Report on horse surra - Volume II, Part I
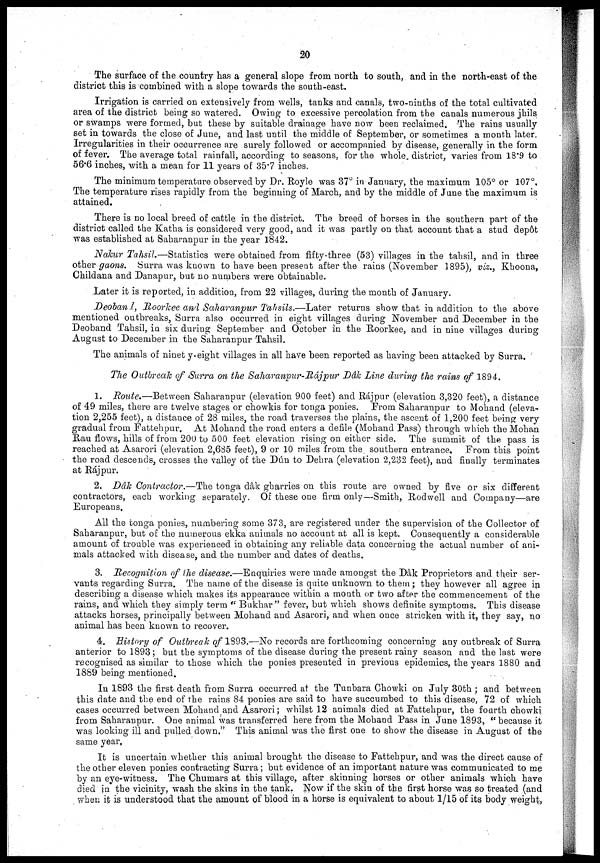
20
The surface of the country has a general slope from north to south, and in the north-east of the
district this is combined with a slope towards the south-east.
Irrigation is carried on extensively from wells, tanks and canals, two-ninths of the total cultivated
area of the district being so watered. Owing to excessive percolation from the canals numerous jhils
or swamps were formed, but these by suitable drainage have now been reclaimed. The rains usually
set in towards the close of June, and last until the middle of September, or sometimes a month later.
Irregularities in their occurrence are surely followed or accompanied by disease, generally in the form
of fever. The average total rainfall, according to seasons, for the whole district, varies from 18.9 to
56.6 inches, with a mean for 11 years of 35.7 inches.
The minimum temperature observed by Dr. Royle was 37° in January, the maximum 105° or 107°.
The temperature rises rapidly from the beginning of March, and by the middle of June the maximum is
attained.
There is no local breed of cattle in the district. The breed of horses in the southern part of the
district called the Katha is considered very good, and it was partly on that account that a stud depôt
was established at Saharanpur in the year 1842.
Nakur Tahsil.—Statistics
were obtained from fifty-three (53) villages in the tahsil, and in three
other gaons. Surra was known to have been present after the rains (November 1895), viz., Khoona,
Childana and Danapur, but no numbers were obtainable.
Later it is reported, in addition, from 22 villages, during the month of January.
Deobanl, Roorkee and Saharanpur Tahsils.—Later
returns show that in addition to the above
mentioned outbreaks, Surra also occurred in eight villages during November and December in the
Deoband Tahsil, in six during September and October in the Roorkee, and in nine villages during
August to December in the Saharanpur Tahsil.
The animals of ninety-eight villages in all have been reported as having been attacked by Surra.
The Outbreak of Surra on the Saharanpur- Rájpur Dâk Line during the rains of 1894.
1. Route.—Between Saharanpur (elevation 900 feet) and Rájpur (elevation 3,320 feet), a distance
of 49 miles, there are twelve stages or chowkis for tonga ponies. From Saharanpur to Mohand (eleva-
tion 2,255 feet), a distance of 28 miles, the road traverses the plains, the ascent of 1,200 feet being very
gradual from Fattehpur. At Mohand the road enters a defile (Mohand Pass) through which the Mohan
Rau flows, hills of from 200 to 500 feet elevation rising on either side. The summit of the pass is
reached at Asarori (elevation 2,685 feet), 9 or 10 miles from the southern entrance. From this point
the road descends, crosses the valley of the Dún to Dehra (elevation 2,232 feet), and finally terminates
at Rájpur.
2. Dâk Contractor.—The tonga dâk gharries on this route are owned by five or six different
contractors, each working separately. Of these one firm only—Smith, Rodwell and Company—are
Europeans.
All the tonga ponies, numbering some 373, are registered under the supervision of the Collector of
Saharanpur, but of the numerous ekka animals no account at all is kept. Consequently a considerable
amount of trouble was experienced in obtaining any reliable data concerning the actual number of ani-
mals attacked with disease, and the number and dates of deaths.
3. Recognition of the disease.—Enquiries were made amongst the Dâk Proprietors and their ser-
vants regarding Surra. The name of the disease is quite unknown to them ; they however all agree in
describing a disease which makes its appearance within a month or two after the commencement of the
rains, and which they simply term " Bukhar " fever, but which shows definite symptoms. This disease
attacks horses, principally between Mohand and Asarori, and when once stricken with it, they say, no
animal has been known to recover.
4. History of Outbreak of 1893.—No records are forthcoming concerning any outbreak of Surra
anterior to 1893; but the symptoms of the disease during the present rainy season and the last were
recognised as similar to those which the ponies presented in previous epidemics, the years 1880 and
1889 being mentioned.
In 1893 the first death from Surra occurred at the Tunbara Chowki on July 30th ; and between
this date and the end of the rains 84 ponies are said to have succumbed to this disease, 72 of which
cases occurred between Mohand and Asarori ; whilst 12 animals died at Fattehpur, the fourth chowki
from Saharanpur. One animal was transferred here from the Mohand Pass in June 1893, " because it
was looking ill and pulled down," This animal was the first one to show the disease in August of the
same year.
It is uncertain whether this animal brought the disease to Fattehpur, and was the direct cause of
the other eleven ponies contracting Surra ; but evidence of an important nature was communicated to me
by an eye-witness. The Chumars at this village, after skinning horses or other animals which have
died in the vicinity, wash the skins in the tank. Now if the skin of the first horse was so treated (and
when it is understood that the amount of blood in a horse is equivalent to about 1/15 of its body weight,